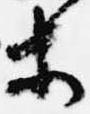
等